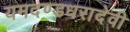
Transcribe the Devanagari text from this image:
यमदण्डधरादेवी